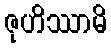
ဇုဟိဿာမိ